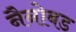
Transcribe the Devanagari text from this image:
नैनोबड